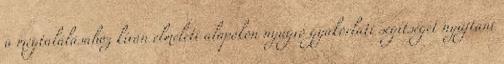
a megtalálásához kíván elméleti alapokon nyugvó gyakorlati segítséget nyújtani